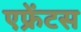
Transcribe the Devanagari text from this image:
एफ्रेंटस